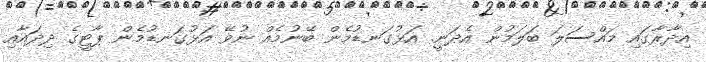
އިދާރާގައި މައްސަލަ ބަލަމުން އެދަނީ. އަޅުގަނޑުމެން ބޭނުމެއް ނުވޭ އަޅުގަނޑުމެން ޕާޓީގެ ދިދައާއި